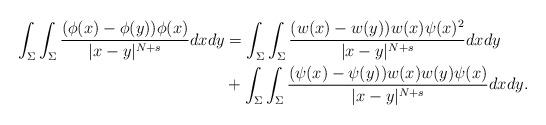
LaTeX: \begin{align*}\int_{\Sigma}\int_{\Sigma}\frac{(\phi(x) - \phi(y) ) \phi(x)}{|x-y|^{N+s} } d x d y& =\int_{\Sigma}\int_{\Sigma}\frac{(w(x) - w(y) ) w(x) \psi(x)^2}{|x-y|^{N+s} } d x d y\\& +\int_{\Sigma}\int_{\Sigma}\frac{(\psi(x) - \psi(y) ) w(x) w(y) \psi(x)}{|x-y|^{N+s} } d x d y .\end{align*}